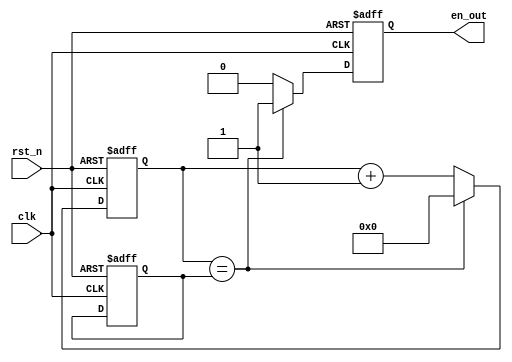
module timer_ver(clk,rst_n,en_out);
input clk,rst_n;
output en_out;
reg en_out;
reg [31:0]counter;
reg [31:0]trig_time;
always @(posedge clk or negedge rst_n)
begin
if(!rst_n)
	begin
	en_out<=1'b0;
	counter<=32'd0;
	trig_time<=32'd100000;//2ms
	end
else
	begin
	counter<=counter+32'd1;
	if(counter==trig_time)
		begin
		counter<=32'd0;
		en_out<=1'b1;
		end
	else
		begin
		en_out<=1'b0;
		end
	end
end //awlays
endmodule